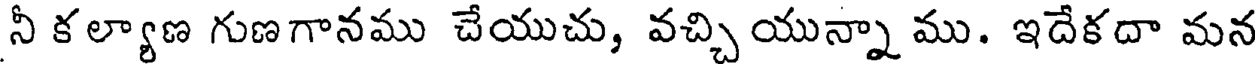
నీ కల్యాణ గుణగానము చేయుచు, వచ్చియున్నా ము. ఇదేకదా మన